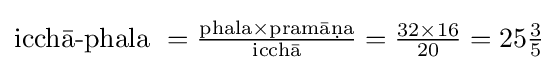
{\text{icchā-phala }}={\tfrac {{\text{phala}}\times {\text{pramāṇa}}}{\text{icchā}}}={\tfrac {32\times 16}{20}}=25{\tfrac {3}{5}}